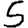
Digit: 5